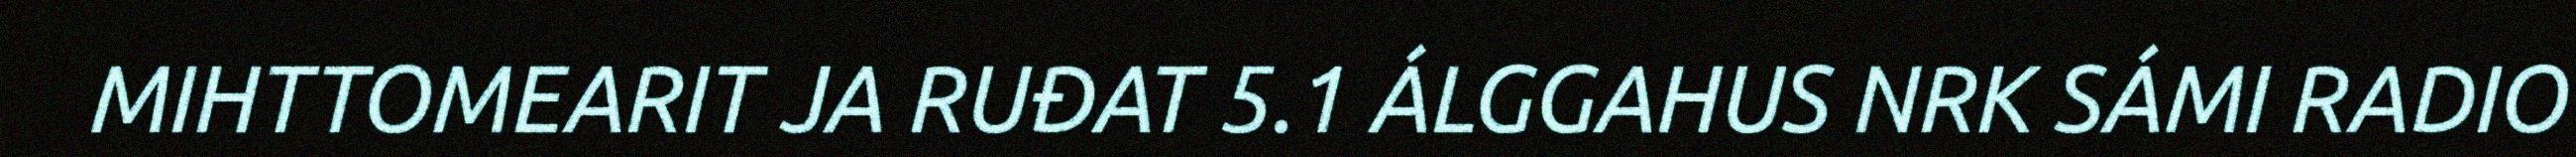
MIHTTOMEARIT JA RUĐAT 5.1 ÁLGGAHUS NRK SÁMI RADIO